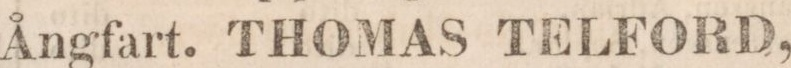
Ångfart. THOMAS TELFORD,